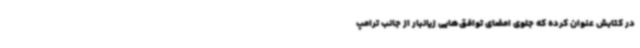
در کتابش عنوان کرده که جلوی امضای توافق‌هایی زیانبار از جانب ترامپ